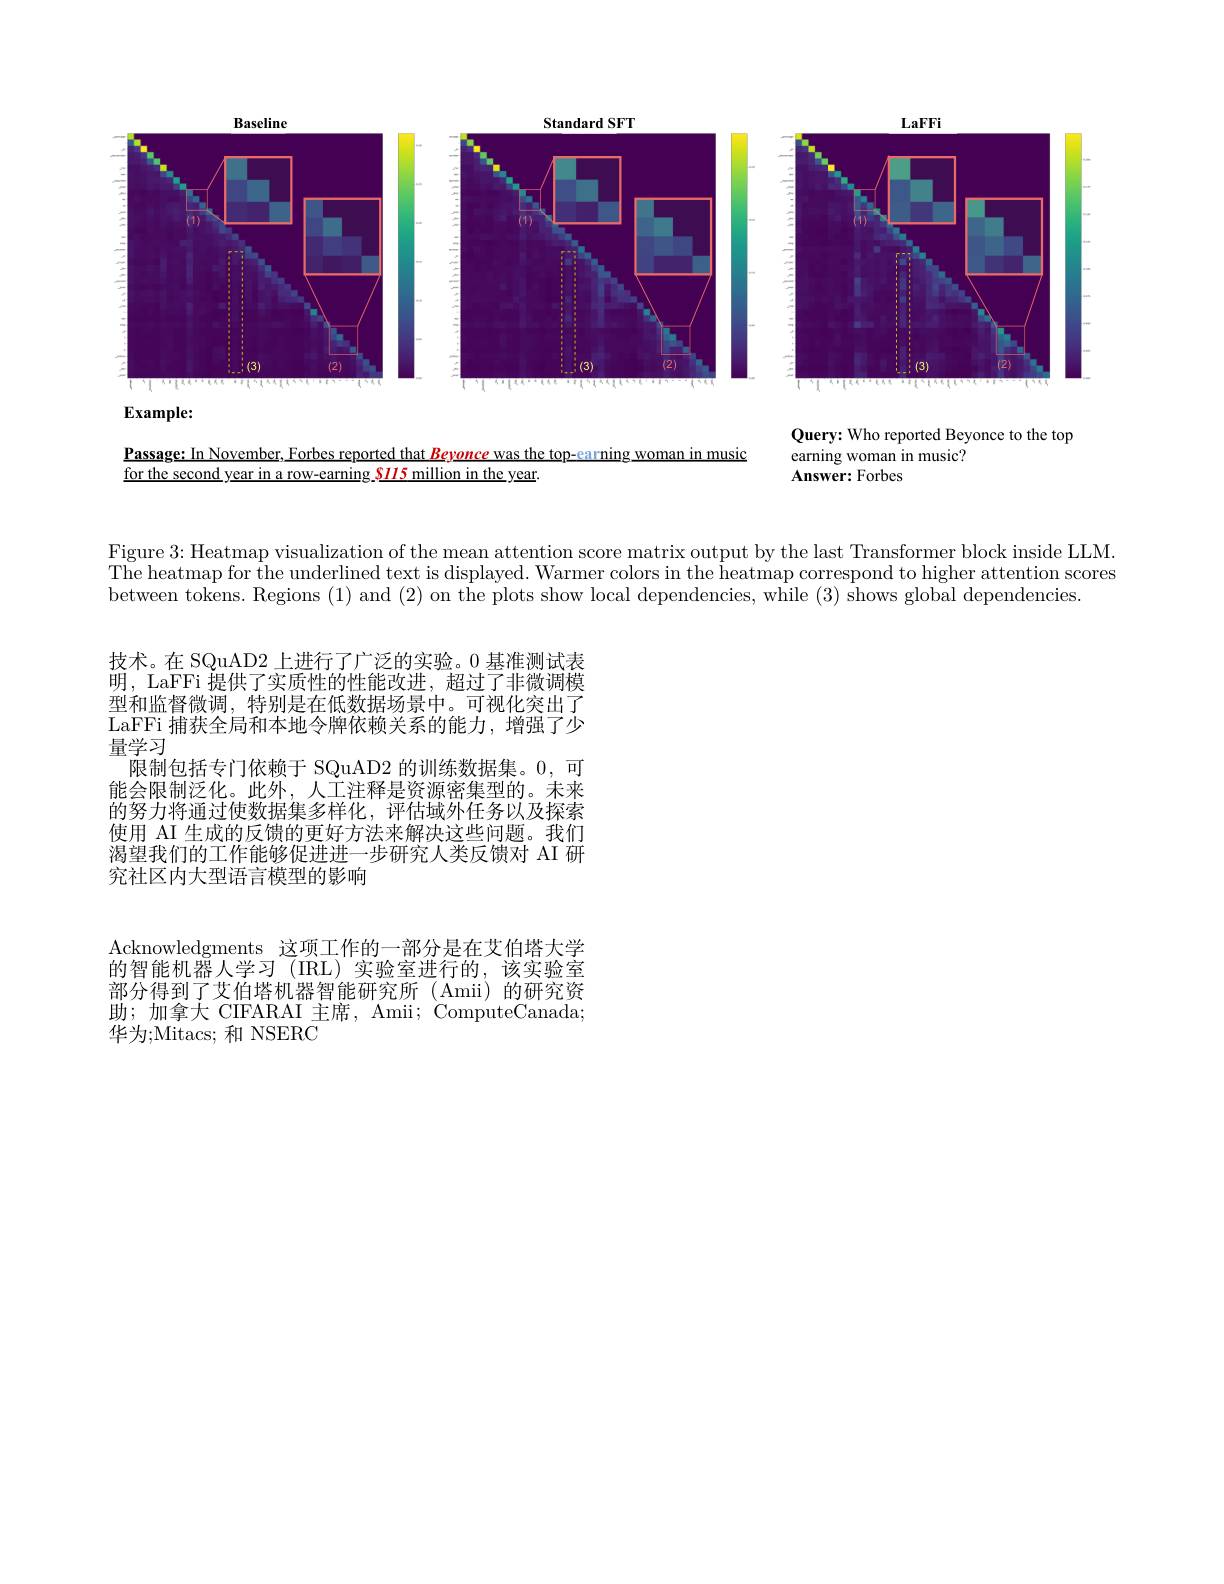
<FigureHere>

$\mathbf{Example:}$

Passage: In November, Forbes reported that Beyonce was the top-earning woman in music

Query: Who reported Beyonce to the top
earning woman in music?
$\mathbf{Answer:Forbes}$

for the second year in a row-earning $\color{red}{s115}$ million in the year.

Figure $3{:\text{Heatmap visualization of the mean attention score matrix output by the last Transformer block inside LLM.}}$ The heatmap for the underlined text is displayed. Warmer colors in the heatmap correspond to higher attention scores between tokens. Regions (1) and (2) on the plots show local dependencies, while (3) shows global dependencies.

技术。在 SQuAD2 上进行了广泛的实验。0 基准测试表明，LaFFi 提供了实质性的性能改进，超过了非微调模型和监督微调，特别是在低数据场景中。可视化突出了LaFFi 捕获全局和本地令牌依赖关系的能力，增强了少量学习
限制包括专门依赖于 SQuAD2 的训练数据集。0,可能会限制泛化。此外，人工注释是资源密集型的。未来的努力将通过使数据集多样化，评估域外任务以及探索使用 AI 生成的反馈的更好方法来解决这些问题。我们渴望我们的工作能够促进进一步研究人类反馈对 AI 研究社区内大型语言模型的影响

Acknowledgments 这项工作的一部分是在艾伯塔大学的智能机器人学习 (IRL)实验室进行的，该实验室部分得到了艾伯塔机器智能研究所(Amii)的研究资助；加拿大 CIFARAI 主席，Amii; ComputeCanada; 华为；Mitacs; 和 NSERC